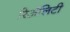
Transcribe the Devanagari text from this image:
रिअॅलिटी